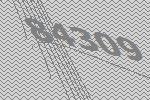
84309